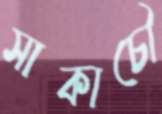
সাকাচৌ